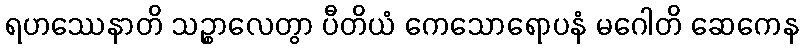
ရဟဿေနာတိ သဉ္စာလေတွာ ပီတိယံ ကေသောရောပနံ မဂေါတိ ဆေကေန